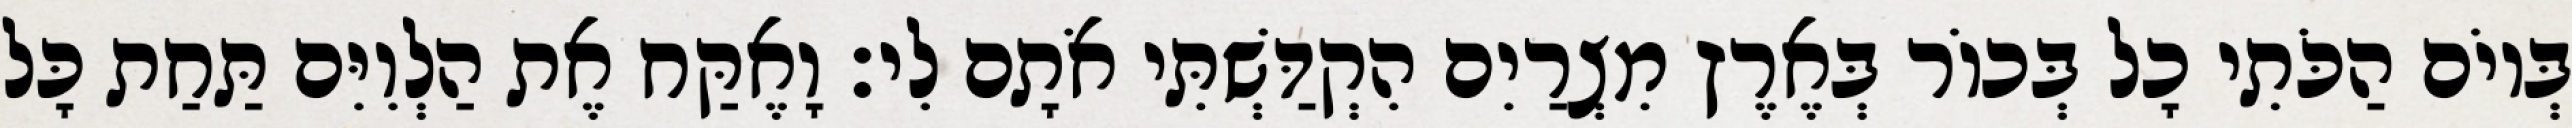
בְּיוֹם הַכֹּתִי כָל בְּכוֹר בְּאֶרֶץ מִצְרַיִם הִקְדַּשְׁתִּי אֹתָם לִי׃ וָאֶקַּח אֶת הַלְוִיִּם תַּחַת כָּל